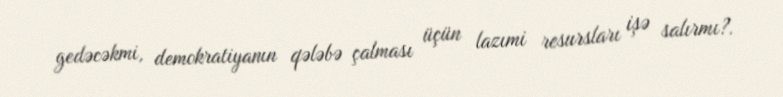
gedəcəkmi, demokratiyanın qələbə çalması üçün lazımi resursları işə salırmı?.